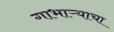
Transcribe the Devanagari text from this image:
गाभाऱ्याचा